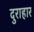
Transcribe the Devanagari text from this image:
दुराहार